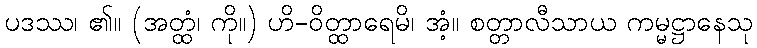
ပဒဿ၊ ၏။ (အတ္ထံ၊ ကို။) ဟိ-ဝိတ္ထာရေမိ၊ အံ့။ စတ္တာလီသာယ ကမ္မဋ္ဌာနေသု